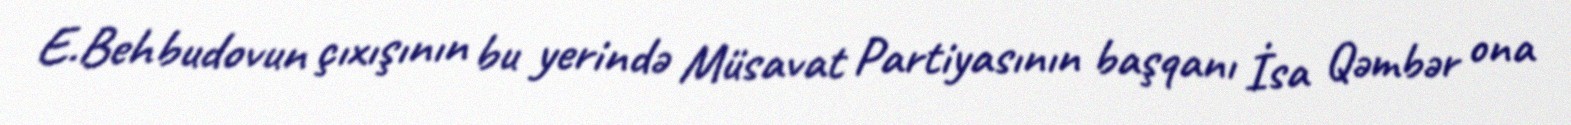
E.Behbudovun çıxışının bu yerində Müsavat Partiyasının başqanı İsa Qəmbər ona